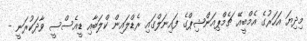
މިދިޔަ އަހަރުގެ އެމްބީއޭ ޗެމްޕިއަންޝިޕްގެ ފައިނަލްގައި ރެޑްލައިން ކްލަބާއި ޑީއެސްސީ ވާދަކުރަނީ -